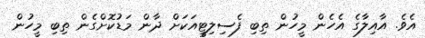
އެވެ. އާއިލާގެ އެހެން މީހުން ތިބި ފެސިލިޓީއަކަށް ދާން މަޑުކޮށްގެން ތިބި މީހުން